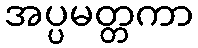
အပ္ပမတ္တကာ